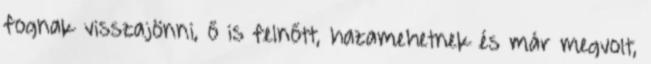
fognak visszajönni, ő is felnőtt, hazamehetnek és már megvolt,